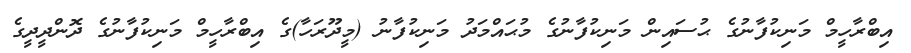
އިބްރާހީމް މަނިކުފާނުގެ ޙުސައިން މަނިކުފާނުގެ މުޙައްމަދު މަނިކުފާނު (މީދޫރަހާ)ގެ އިބްރާހީމް މަނިކުފާނުގެ ދޮންދީދީގެ